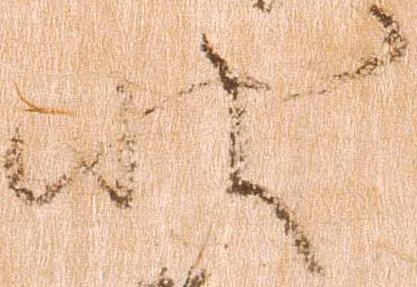
状